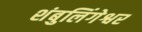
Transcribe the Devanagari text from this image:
शंबुलिंगेश्वर